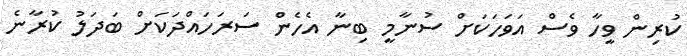
ކުރިން ވީހާ ވެސް އަވަހަކަށް ސުނާމީ ބިނާ އެހެން ސަރަހައްދަކަށް ބަދަލު ކުރާނެ